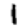
Digit: 1